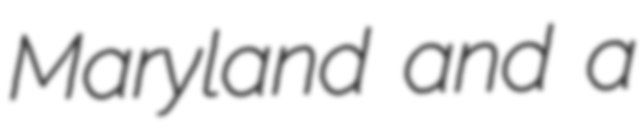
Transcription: Maryland and a